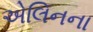
એલિનના